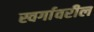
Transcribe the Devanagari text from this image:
स्वर्गावरील